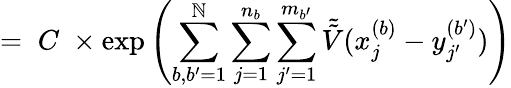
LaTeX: =\; C\; \times\exp\left(\sum_{b,b^{\prime}=1}^{\mathbb{N}}\sum_{j=1}^{n_{b}}\sum_{j^{\prime}=1}^{m_{b^{\prime}}}\tilde{{\tilde{{V}}}}(x_{j}^{(b)}-y_{j^{\prime}}^{(b^{\prime})})\right)